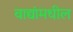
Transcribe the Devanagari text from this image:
वाद्यांमधील